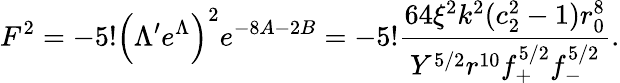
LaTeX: F^{2}=-5!\left(\Lambda^{\prime}e^{\Lambda}\right)^{2}e^{-8A-2B}=-5!\frac{64\xi^{2}k^{2}(c_{2}^{2}-1)r_{0}^{8}}{Y^{5/2}r^{10}f_{+}^{5/2}f_{-}^{5/2}}.